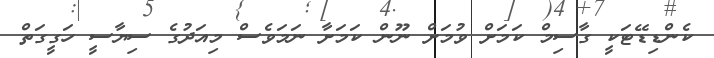
ކެންޑިޑޭޓަކީ ގާސިމް ކަމަށް ވުމަށް ނޫން ކަމަށާ ނަމަވެސް މިއަދުގެ ސިޔާސީ ހަގީގަތް